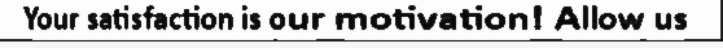
Your satisfaction is our motivation! Allow us